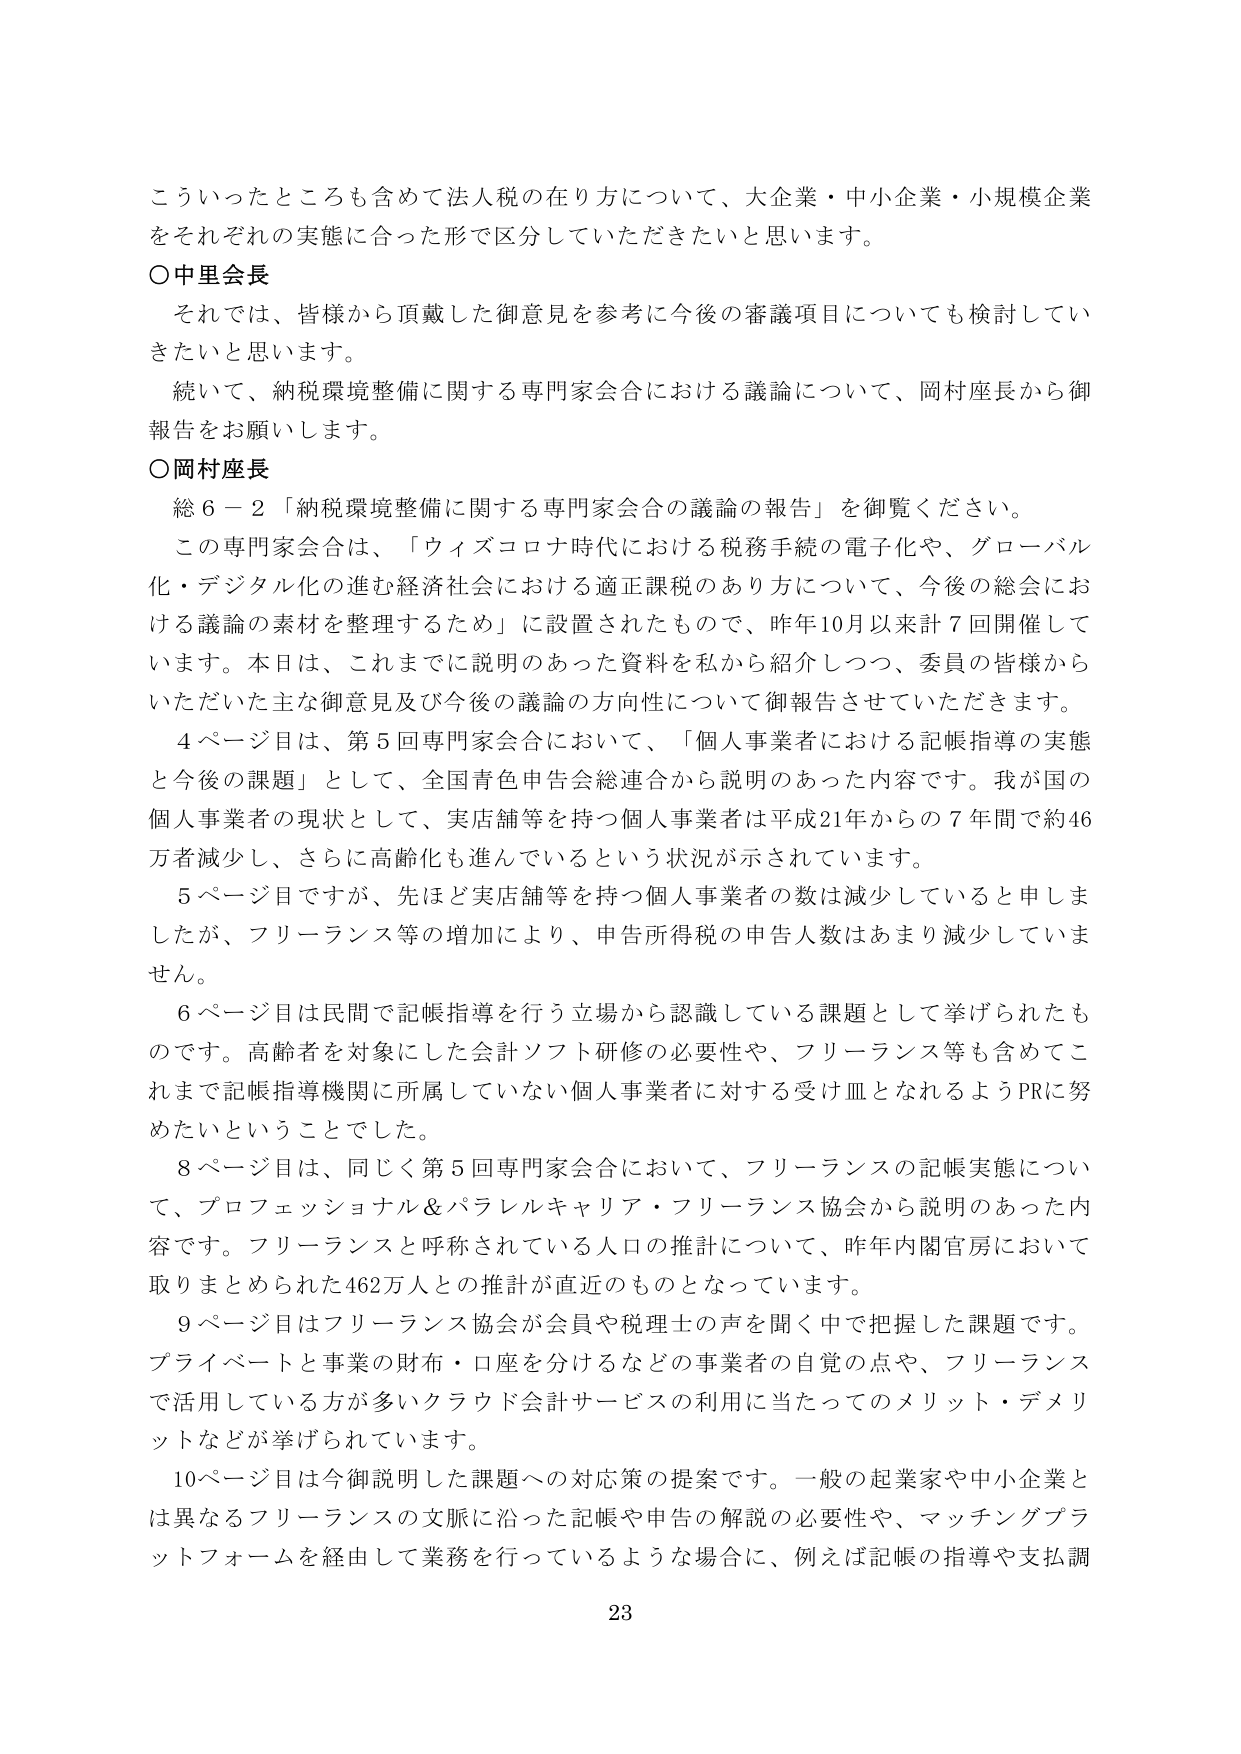
こういったところも含めて法人税の在り方について、大企業・中小企業・小規模企業をそれぞれの実態に合った形で区分していただきたいと思います。

○中里会長
それでは、皆様から頂戴した御意見を参考に今後の審議項目についても検討していきたいと思います。
続いて、納税環境整備に関する専門家会合における議論について、岡村座長から御報告をお願いします。

○岡村座長
総６－２「納税環境整備に関する専門家会合の議論の報告」を御覧ください。
この専門家会合は、「ウィズコロナ時代における税務手続の電子化や、グローバル化・デジタル化の進む経済社会における適正課税のあり方について、今後の総会における議論の素材を整理するため」に設置されたもので、昨年10月以来計７回開催しています。本日は、これまでに説明のあった資料を私から紹介しつつ、委員の皆様からいただいた主な御意見及び今後の議論の方向性について御報告させていただきます。
４ページ目は、第５回専門家会合において、「個人事業者における記帳指導の実態と今後の課題」として、全国青色申告会総連合から説明のあった内容です。我が国の個人事業者の現状として、実店舗等を持つ個人事業者は平成21年からの７年間で約46万者減少し、さらに高齢化も進んでいるという状況が示されています。
５ページ目ですが、先ほど実店舗等を持つ個人事業者の数は減少していると申しましたが、フリーランス等の増加により、申告所得税の申告人数はあまり減少していません。
６ページ目は民間で記帳指導を行う立場から認識している課題として挙げられたものです。高齢者を対象にした会計ソフト研修の必要性や、フリーランス等も含めてこれまで記帳指導機関に所属していない個人事業者に対する受け皿となれるようPRに努めたいということでした。
８ページ目は、同じく第５回専門家会合において、フリーランスの記帳実態について、プロフェッショナル＆パラレルキャリア・フリーランス協会から説明のあった内容です。フリーランスと呼称されている人口の推計について、昨年内閣官房において取りまとめられた462万人との推計が直近のものとなっています。
９ページ目はフリーランス協会が会員や税理士の声を聞く中で把握した課題です。プライベートと事業の財布・口座を分けるなどの事業者の自覚の点や、フリーランスで活用している方が多いクラウド会計サービスの利用に当たってのメリット・デメリットなどが挙げられています。
10ページ目は今御説明した課題への対応策の提案です。一般の起業家や中小企業とは異なるフリーランスの文脈に沿った記帳や申告の解説の必要性や、マッチングプラットフォームを経由して業務を行っているような場合に、例えば記帳の指導や支払調

23